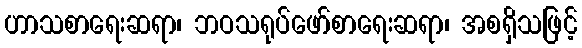
ဟာသစာရေးဆရာ၊ ဘဝသရုပ်ဖော်စာရေးဆရာ၊ အစရှိသဖြင့်